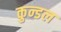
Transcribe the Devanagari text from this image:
कुन्डल